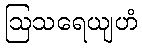
ဩသရေယျဟံ